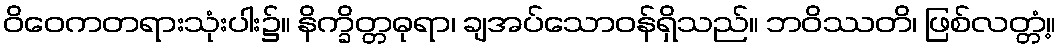
ဝိဝေကတရားသုံးပါး၌။ နိက္ခိတ္တဓုရာ၊ ချအပ်သောဝန်ရှိသည်။ ဘဝိဿတိ၊ ဖြစ်လတ္တံ့။